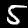
Label: 5